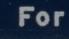
for